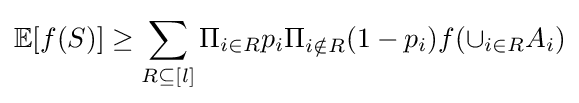
\mathbb {E} [f(S)]\geq \sum _{R\subseteq [l]}\Pi _{i\in R}p_{i}\Pi _{i\notin R}(1-p_{i})f(\cup _{i\in R}A_{i})